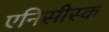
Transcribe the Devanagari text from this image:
एनिसीस्क